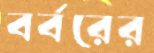
বর্বরের